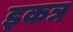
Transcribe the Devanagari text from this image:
इकत्र